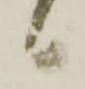
候